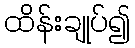
ထိန်းချုပ်၍